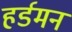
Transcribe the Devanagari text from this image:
हर्डमन